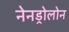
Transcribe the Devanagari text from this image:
नेनड्रोलोन